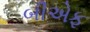
બીએફ